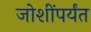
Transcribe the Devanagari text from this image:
जोशींपर्यंत